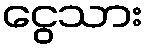
ငွေသား